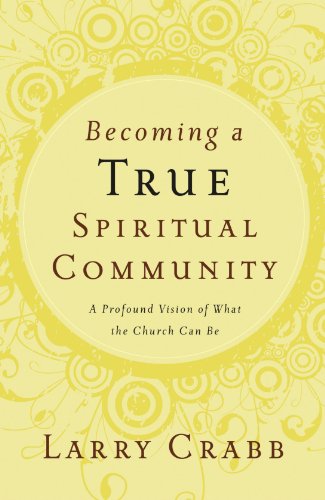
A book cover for Becoming a True Spiritual Community: A Profound Vision of What the Church Can Be; Larry Crabb; Christian Books & Bibles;